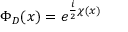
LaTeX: \Phi _ { D } ( x ) = e ^ { { \frac { i } { 2 } } \chi ( x ) }